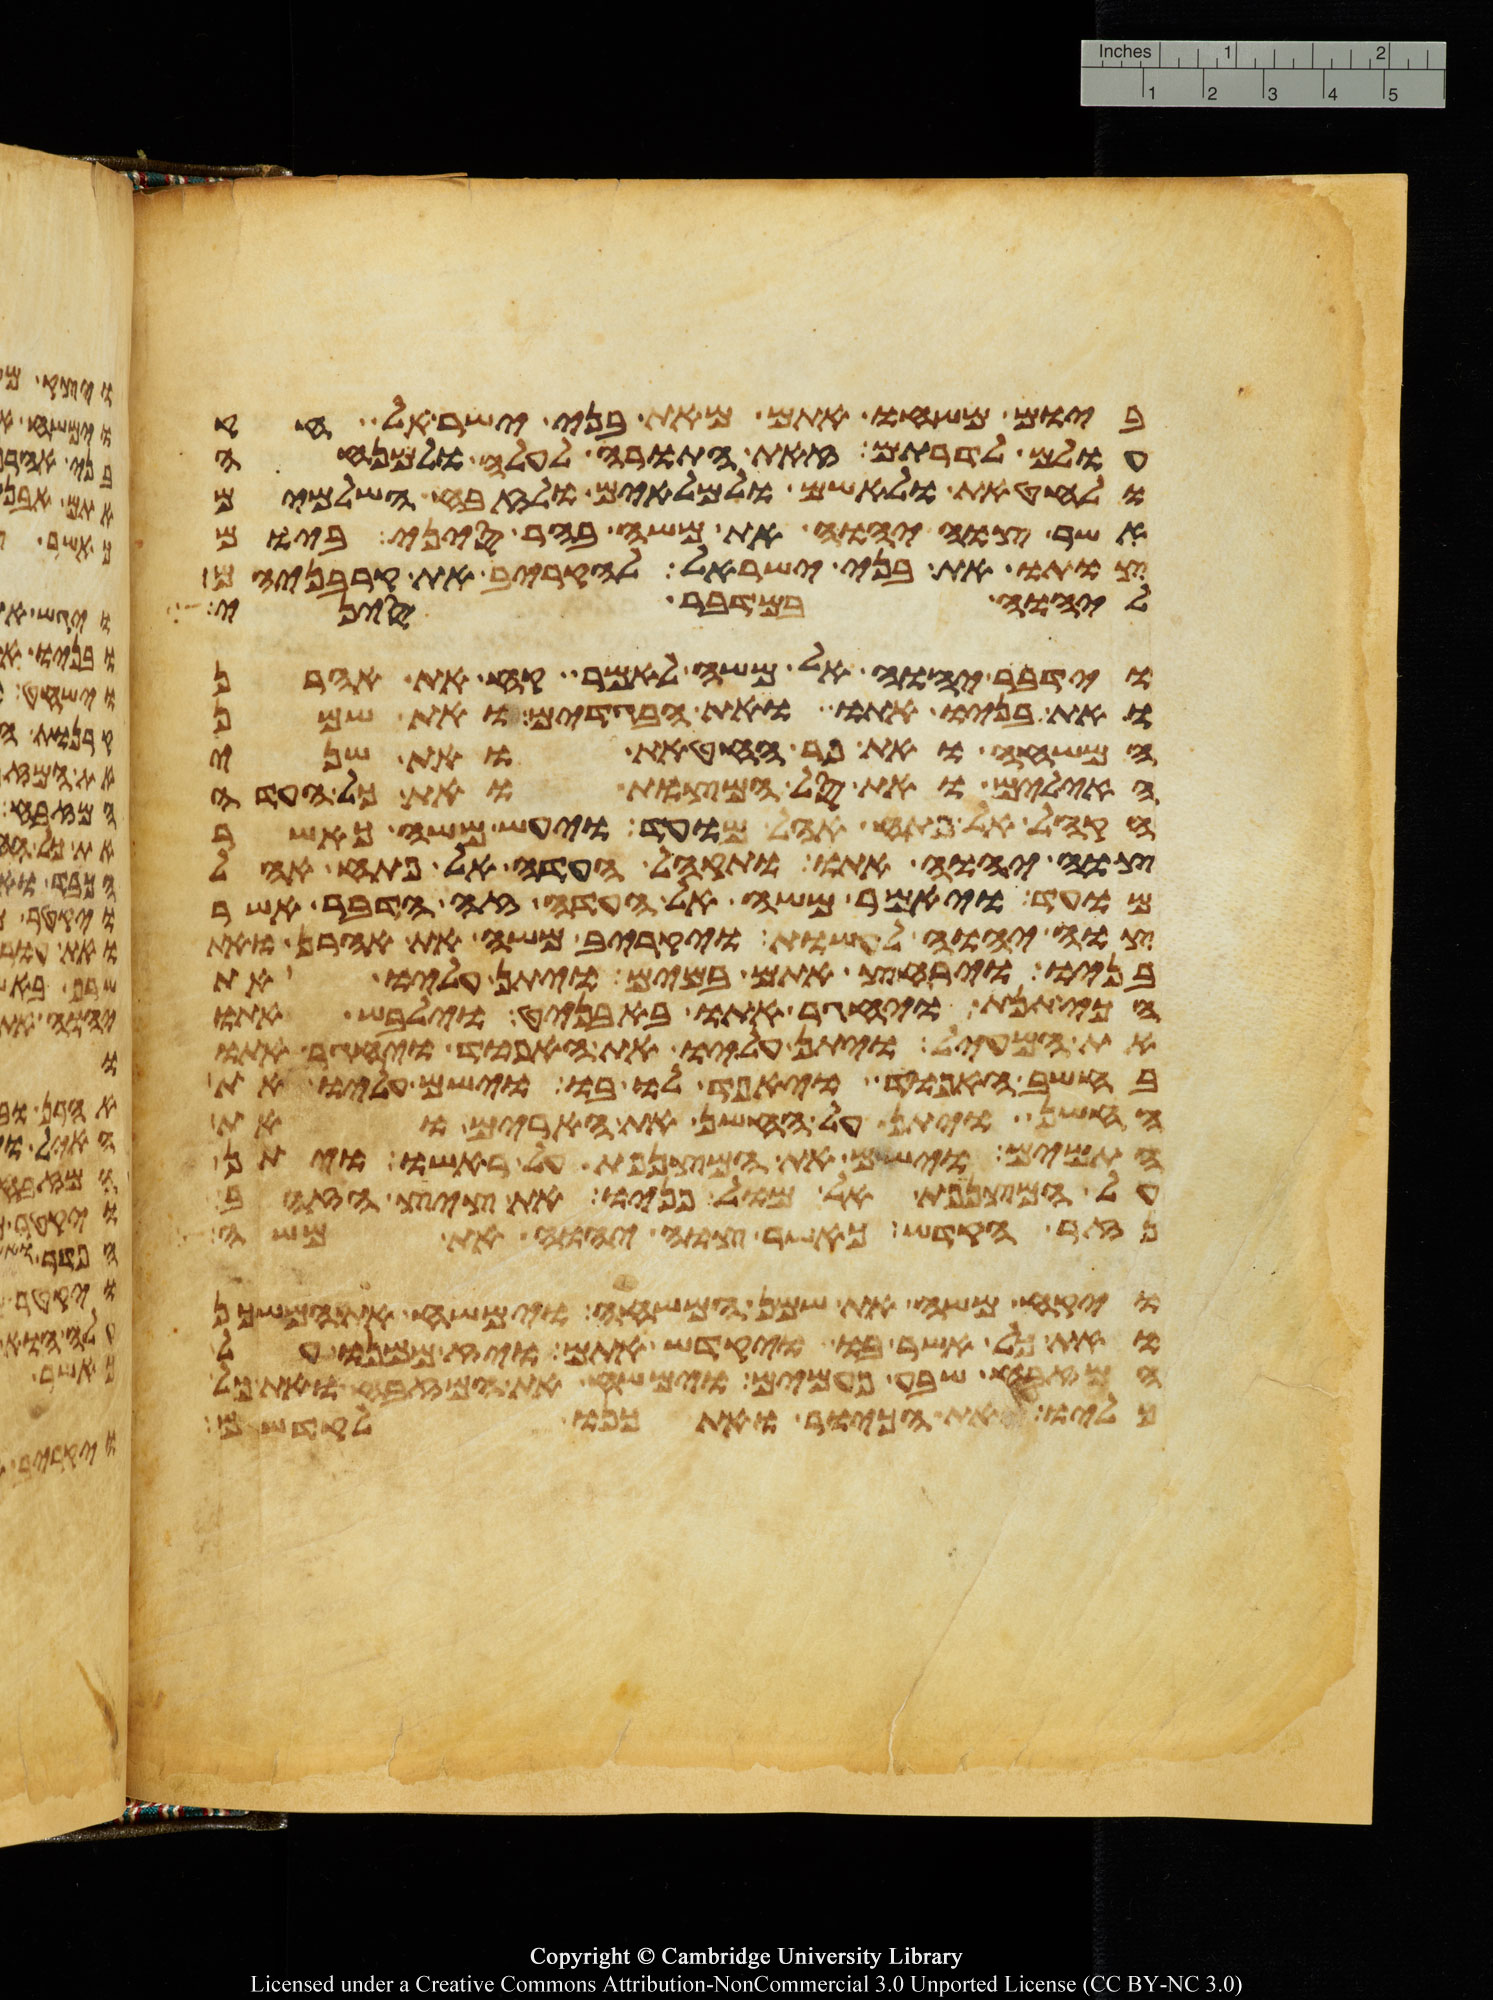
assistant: ביום משחו אתם מאת בני ישראל חק
עולם לדרותם זאת התורה לעלה ולמנחה
ולחטאת ולאשם ולמלאים ולזבח השלמים
אשר צוה יהוה את משה בהר סיני ביום
צותו את בני ישראל להקריב את קרבניהם
ליהוה במדבר סיני
וידבר יהוה אל משה לאמר קח את אהרן
ואת בניו אתו ואת הבגדים ואת שמן
המשחה ואת פר החטאת ואת שני
האילים ואת סל המצות ואת כל העדה
הקהל אל פתח אהל מועד ויעש משה כאשר
צוה יהוה אתו ותקהל העדה אל פתח אהל
מועד ויאמר משה אל העדה זה הדבר אשר
צוה יהוה לעשות ויקריב משה את אהרן ואת
בניו וירחץ אתם במים ויתן עליו את
הכיתנת ויחגר אתו באבניט וילבש אתו
את המעיל ויתן עליו את האפוד ויחגר אתו
בחשב האפוד ויאפד לו בו וישם עליו את
החשן ויתן על החשן את הארים ואת
התמים וישם את המצנפת על ראשו ויתן
על המצנפת אל מול פניו את ציץ הזהב
נזר הקדש כאשר צוה יהוה את משה
ויקח משה את שמן המשחה וימשח את המשכן
ואת כל אשר בו ויקדש אתם ויז ממנו על
המזבח שבע פעמים וימשח את המזבח ואת כל
כליו ואת הכיור ואת כנו לקדשם